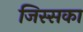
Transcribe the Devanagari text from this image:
जिस्सका